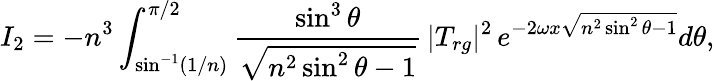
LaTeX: I_{2}=-n^{3}\int_{\sin^{-1}(1/n)}^{\pi/2}{\frac{\sin^{3}\theta}{\sqrt{n^{2}\sin^{2}\theta-1}}}\, |T_{rg}|^{2}\, e^{-2\omega x\sqrt{n^{2}\sin^{2}\theta-1}}d\theta,